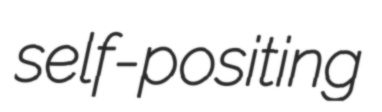
self-positing